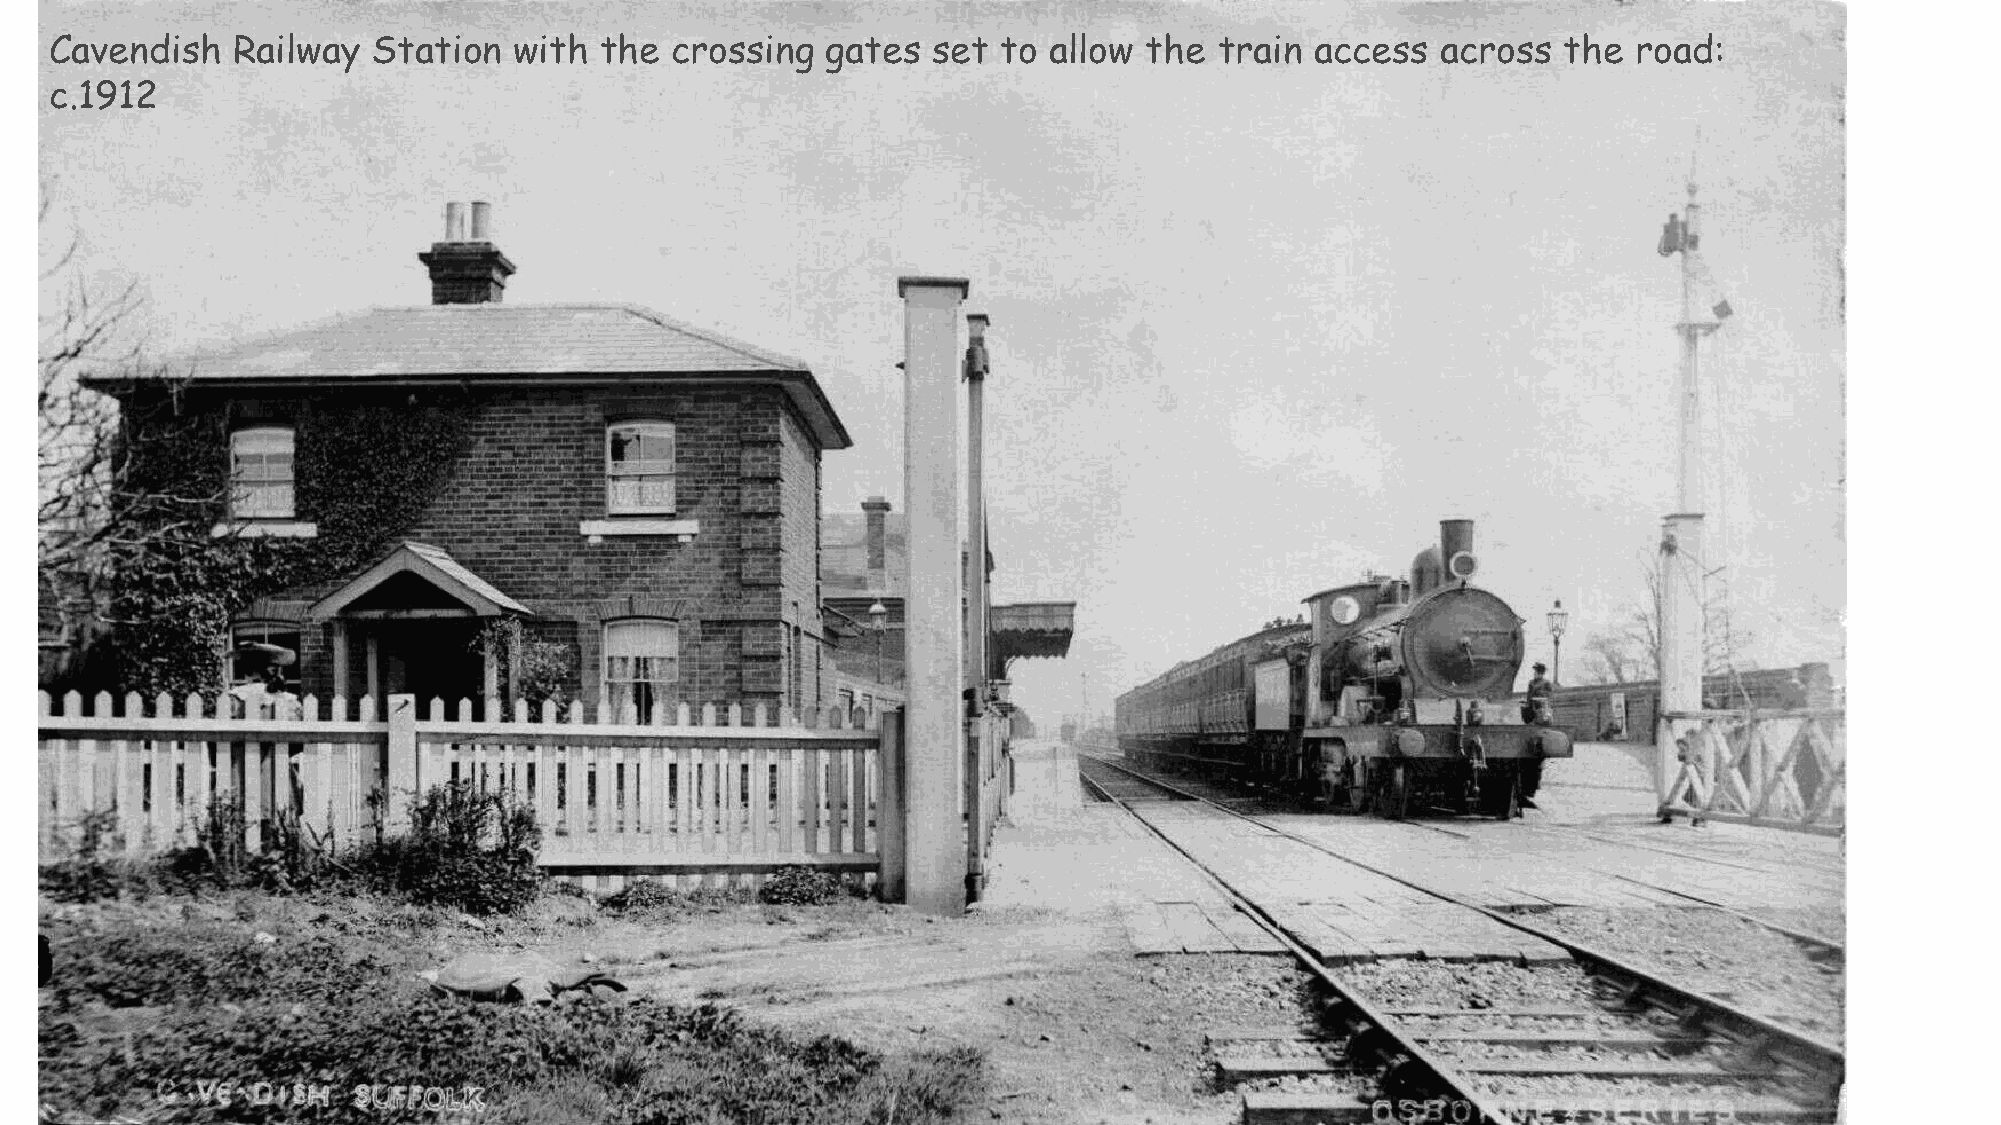
Cavendish   Railway   Station  with  the crossing   gates  set to allow  the  train access  across  the  road:
 c.1912